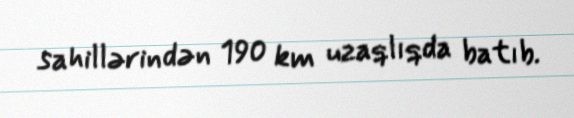
sahillərindən 190 km uzaqlıqda batıb.